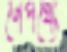
নেপথ্যে